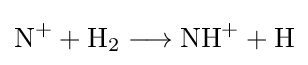
{\mathrm {N} {\vphantom {A}}^{+}{}+{}\mathrm {H} {\vphantom {A}}_{\smash[{t}]{2}}{}\mathrel {\longrightarrow } {}\mathrm {NH} {\vphantom {A}}^{+}{}+{}\mathrm {H} }